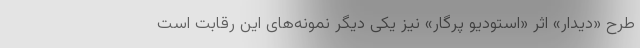
طرح «دیدار» اثر «استودیو پرگار» نیز یکی دیگر نمونه‌های این رقابت است